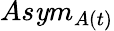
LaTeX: As\mathit{y}m_{A(t)}